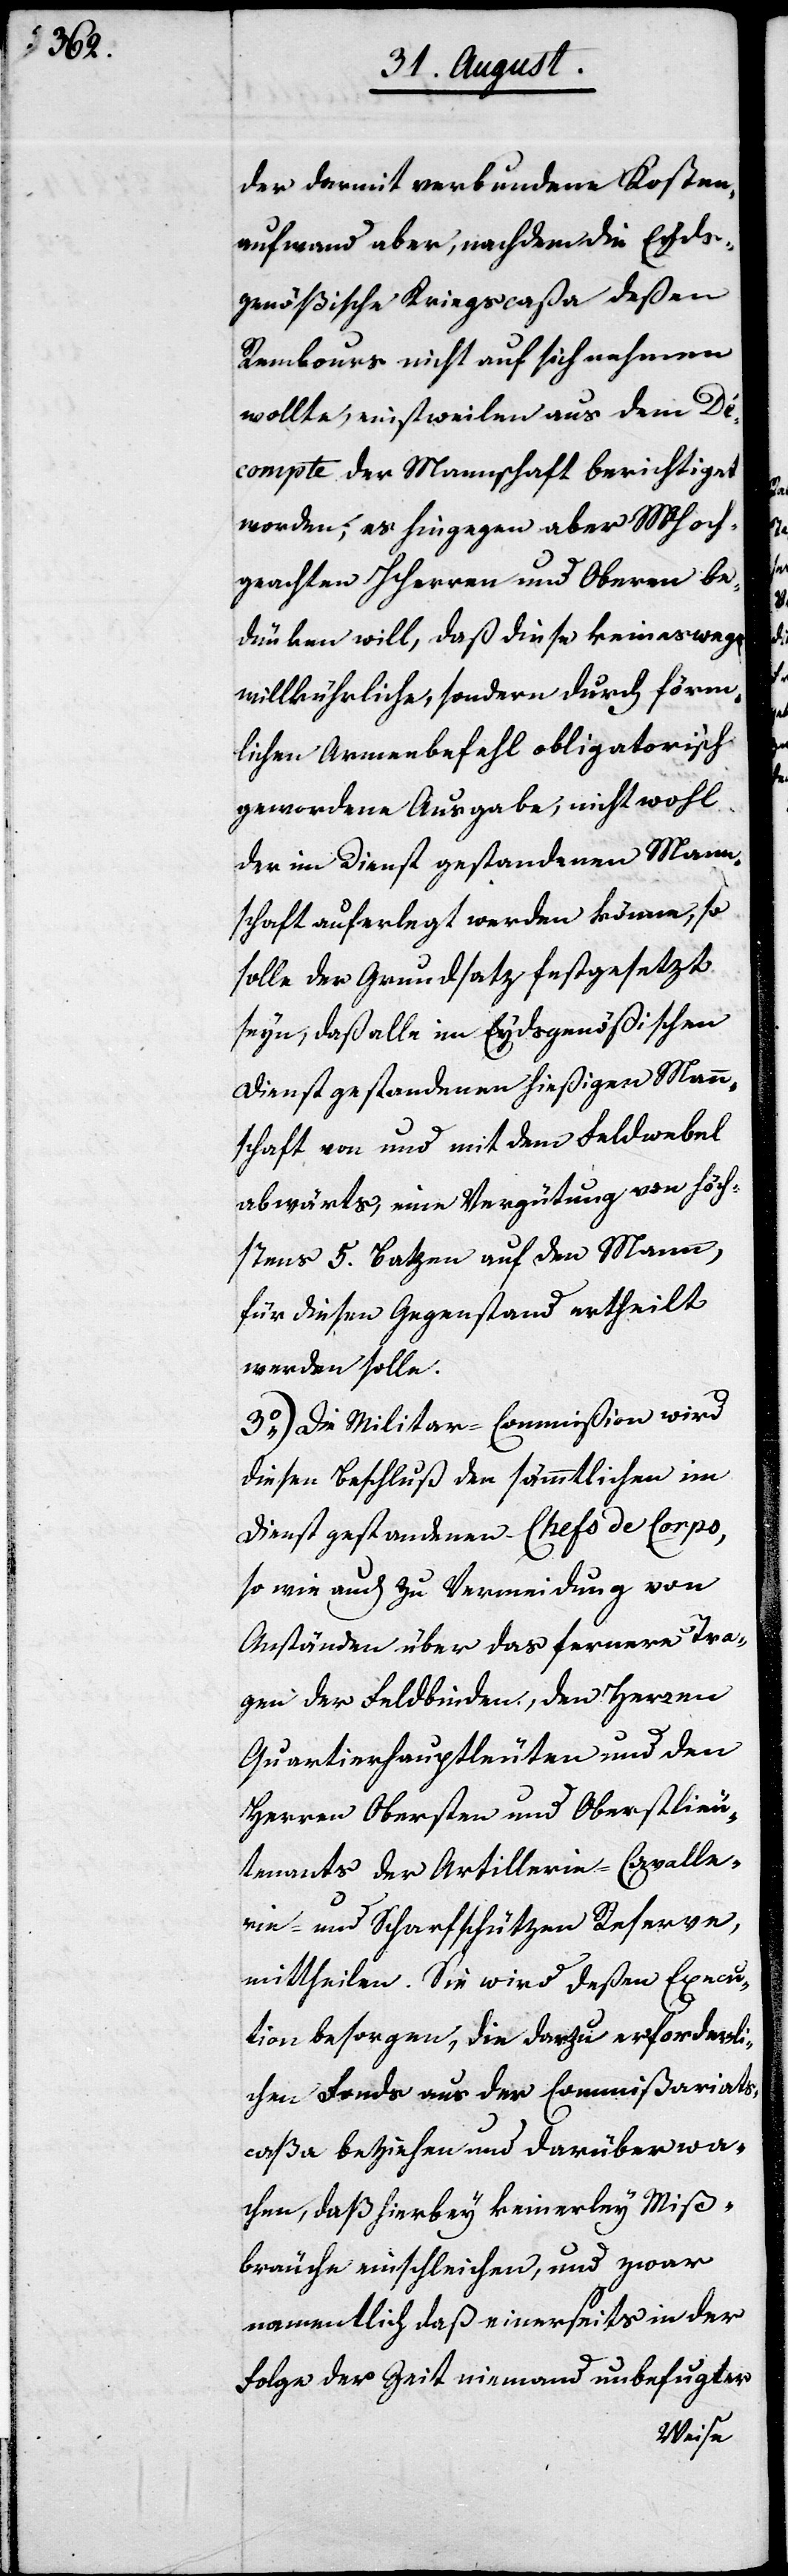
der darmit verbundene Kosten¬
aufwand aber, nachdem die Eyds¬
genößische KriegsCaßa deßen
Rembours nicht auf sich nehmen
wollte, einstweilen aus dem De¬
compte der Mannschaft berichtiget
worden; es hingegen aber MHoch¬
geachten HHerren und Obern be¬
dünken will, daß diese keineswegs
willkürliche, sondern durch förm¬
lichen Armeebefehl obligatorisch
gewordene Ausgabe, nicht wohl
der im Dienst gestandenen Mann¬
schaft auferlegt werden könne, so
solle der Grundsatz festgesetzt
seyn, daß alle[r] im Eydsgenößischen
Dienst gestandenen hießigen Mann¬
schaft von und mit dem Feldwebel
abwärts, eine Vergütung von höch¬
stens 5 Batzen auf den Mann,
für diesen Gegenstand ertheilt
werden solle.
3.) Die Militar-Commißion wird
diesen Beschluß den sämmtlichen im
Dienst gestandenen Chefs de Coprs,
so wie auch zu Vermeidung von
Anständen über das fernere Tra¬
gen der Feldbinden, den Herrn
Quartierhauptleuten und den
Herren Obersten und Oberstlieu¬
tenants der Artillerie-Cavalle¬
rie- und Scharfschützen Reserve,
mittheilen. Sie wird deßen Execu¬
tion besorgen, die dazu erforderli¬
chen Fonds aus der Commißariats¬
caßa beziehen und darüber wa¬
chen, daß hierbey keinerley Miß¬
bräuche einschleichen, und zwar
namentlich daß einerseits in der
Folge der Zeit niemand unbefugter